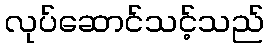
လုပ်ဆောင်သင့်သည်